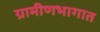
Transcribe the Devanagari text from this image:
ग्रामीणभागात